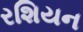
રશિયન